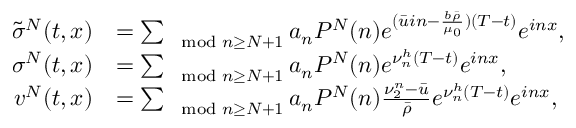
\begin{array} { r l } { \tilde { \sigma } ^ { N } ( t , x ) } & { = \sum _ { \mod { n } \geq N + 1 } a _ { n } P ^ { N } ( n ) e ^ { ( \bar { u } i n - \frac { b \bar { \rho } } { \mu _ { 0 } } ) ( T - t ) } e ^ { i n x } , } \\ { \sigma ^ { N } ( t , x ) } & { = \sum _ { \mod { n } \geq N + 1 } a _ { n } P ^ { N } ( n ) e ^ { \nu _ { n } ^ { h } ( T - t ) } e ^ { i n x } , } \\ { v ^ { N } ( t , x ) } & { = \sum _ { \mod { n } \geq N + 1 } a _ { n } P ^ { N } ( n ) \frac { \nu _ { 2 } ^ { n } - \bar { u } } { \bar { \rho } } e ^ { \nu _ { n } ^ { h } ( T - t ) } e ^ { i n x } , } \end{array}